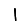
Digit: 1